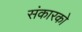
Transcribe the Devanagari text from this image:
संकारको